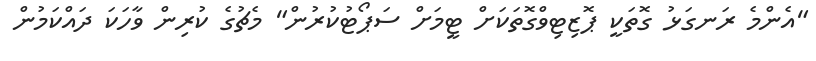
"އެންމެ ރަނގަޅު ގޮތަކީ ޕޮޒިޓިވްގޮތަކަށް ޓީމަށް ސަޕޯޓުކުރުން" މެޗުގެ ކުރިން ވާހަކަ ދައްކަމުން